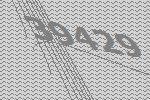
39429